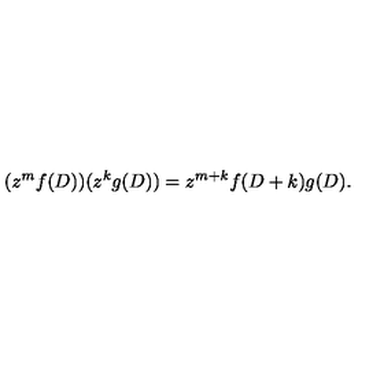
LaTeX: ( z ^ { m } f ( D ) ) ( z ^ { k } g ( D ) ) = z ^ { m + k } f ( D + k ) g ( D ) .